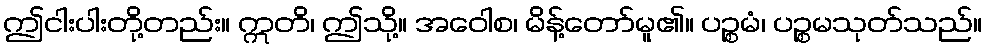
ဤငါးပါးတို့တည်း။ ဣတိ၊ ဤသို့။ အဝေါစ၊ မိန့်တော်မူ၏။ ပဉ္စမံ၊ ပဉ္စမသုတ်သည်။